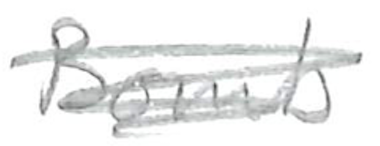
Text: Bomb
Cross-out: scratch
Writing tool: pencil